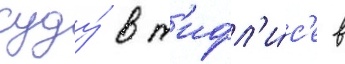
суду́ в т'ифл'и́с'е в